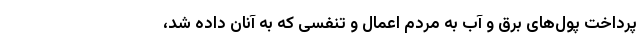
پرداخت پول‌های برق و آب به مردم اعمال و تنفسی که به آنان داده شد،